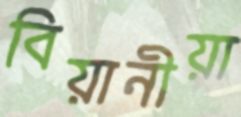
বিয়ানীয়া